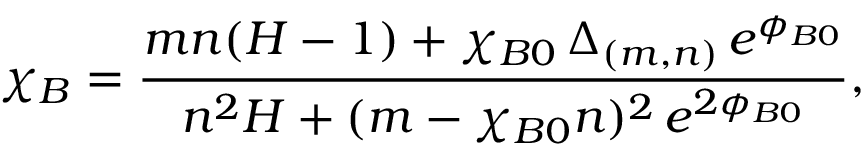
\chi _ { B } = \frac { m n ( H - 1 ) + \chi _ { B 0 } \, \Delta _ { ( m , n ) } \, e ^ { \phi _ { B 0 } } } { n ^ { 2 } H + ( m - \chi _ { B 0 } n ) ^ { 2 } \, e ^ { 2 \phi _ { B 0 } } } ,